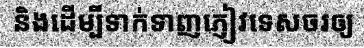
និងដើម្បីទាក់ទាញភ្ញៀវទេសចរឲ្យ